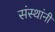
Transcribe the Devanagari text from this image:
संस्‍थांनी